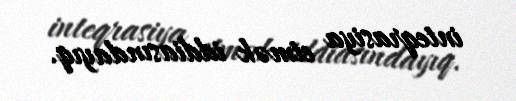
inteqrasiya etmək iddiasındayıq.